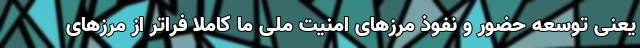
یعنی توسعه حضور و نفوذ مرزهای امنیت ملی ما کاملا فراتر از مرزهای